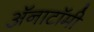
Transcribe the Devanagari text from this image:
अॅनाटॉमी